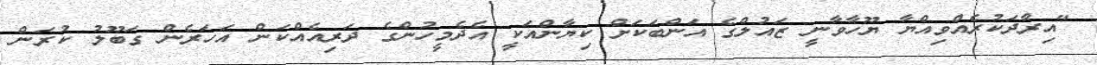
"އިރާދަކުރެއްވިއްޔާ ޔޫހާވާނީ ޒައުލްގެ އަންބަކަށް ކިޔާންއަކީ އެދެމީހުންގެ ދަރިއެއްކަން އަހަރެން ގަބޫލު ކުރަން